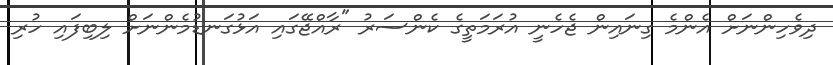
ދިވެހިންނަށް އެންމެ ގިނައިން ޖެހެނީ އުރަމަތީގެ ކެންސަރު "ރާއްޖޭގައި އަޅުގަނޑުމެންނަށް ލިބިފައި ހުރި